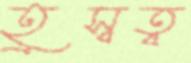
হ্রস্বত্ব